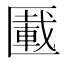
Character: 𠥠